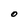
Character: O